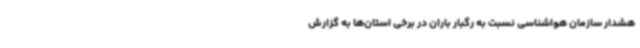
هشدار سازمان هواشناسی نسبت به رگبار باران در برخی استان‌ها به گزارش